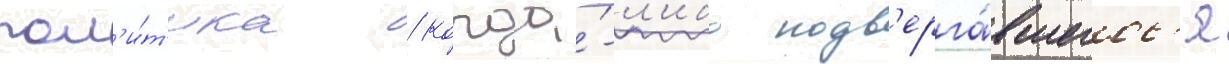
пол'и́т'ика / когда́-л'ибо подв'ерга́вшегос'я